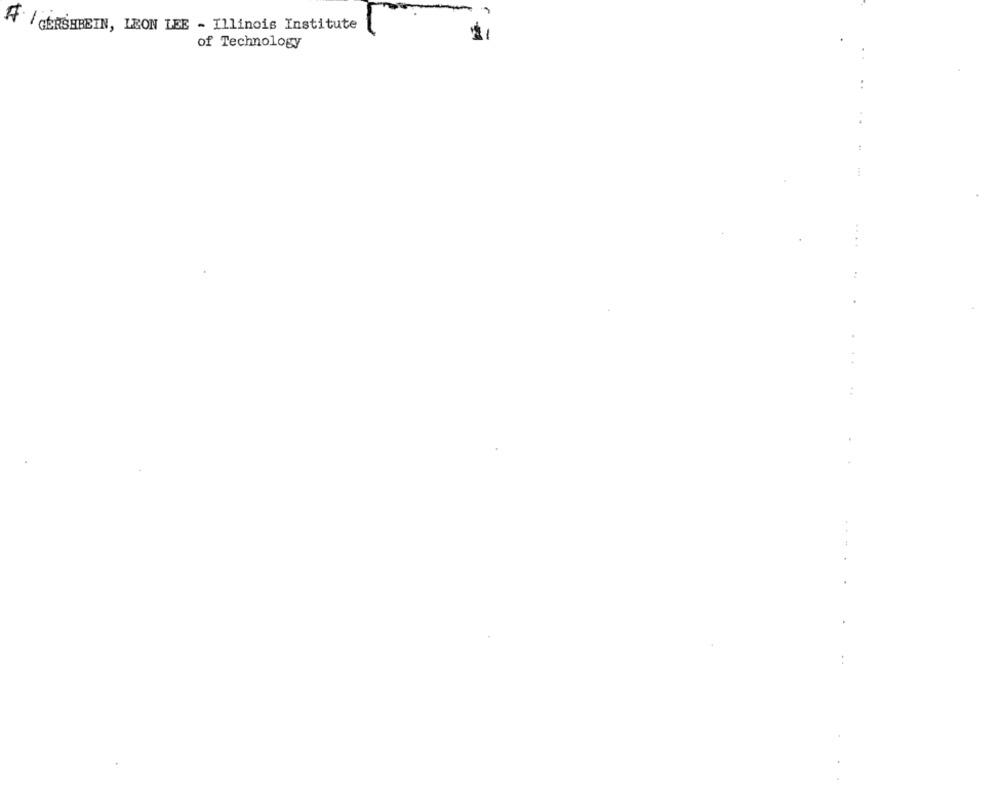
A / GERSHHEIN, LEON LEE - Illinois Institute
of Technology
..
...
..